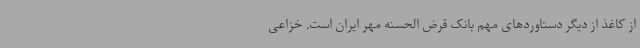
از کاغذ از دیگر دستاوردهای مهم بانک قرض الحسنه مهر ایران است. خزاعی